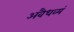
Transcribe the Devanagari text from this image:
अवैधव्यं